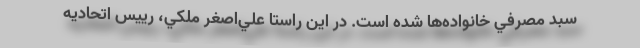
سبد مصرفي خانواده‌ها شده است. در اين راستا علي‌اصغر ملكي، رييس اتحاديه